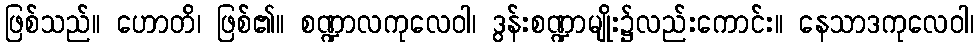
ဖြစ်သည်။ ဟောတိ၊ ဖြစ်၏။ စဏ္ဍာလကုလေဝါ၊ ဒွန်းစဏ္ဍာမျိုး၌လည်းကောင်း။ နေသာဒကုလေဝါ၊